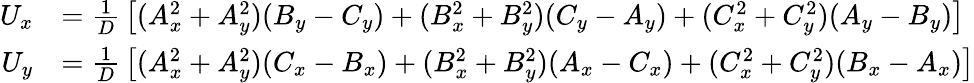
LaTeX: {\begin{array}{rl}{U_{x}}&{={\frac{1}{D}}\left[(A_{x}^{2}+A_{y}^{2})(B_{y}-C_{y})+(B_{x}^{2}+B_{y}^{2})(C_{y}-A_{y})+(C_{x}^{2}+C_{y}^{2})(A_{y}-B_{y})\right]}\\ {U_{y}}&{={\frac{1}{D}}\left[(A_{x}^{2}+A_{y}^{2})(C_{x}-B_{x})+(B_{x}^{2}+B_{y}^{2})(A_{x}-C_{x})+(C_{x}^{2}+C_{y}^{2})(B_{x}-A_{x})\right]}\end{array}}